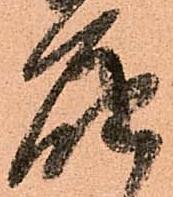
届